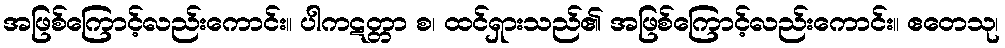
အဖြစ်ကြောင့်လည်းကောင်း။ ပါကဋတ္တာ စ၊ ထင်ရှားသည်၏ အဖြစ်ကြောင့်လည်းကောင်း။ ဧတေသု၊